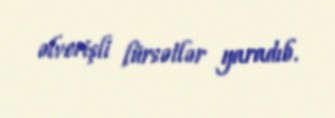
əlverişli fürsətlər yaradıb.